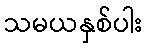
သမယနှစ်ပါး